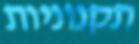
תקנוניות